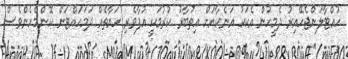
ހުއްޓާލަންޖެހޭއިރު ދެމީހުން އެކަކު އަނެކާއަށް އިތުބާރު ކުރުމަކީ އުފާވެރި ހަޔާތެއް ދަމަހައްޓަން ކޮންމެހެންވެސް